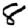
Digit: 8